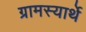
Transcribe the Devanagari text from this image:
ग्रामस्यार्थे